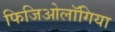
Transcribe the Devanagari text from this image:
फिजिओलॉगिया